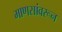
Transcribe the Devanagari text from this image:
माणसांवरून